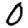
Digit: 0